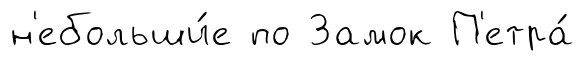
н'ебольши́е по Замок П'етра́